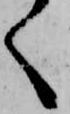
く